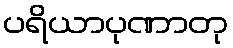
ပရိယာပုဏာတု